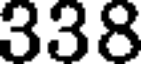
338